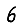
Digit: 6